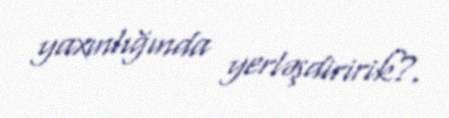
yaxınlığında yerləşdiririk?.